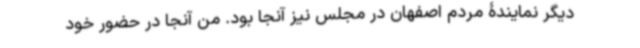
دیگر نمایندۀ مردم اصفهان در مجلس نیز آنجا بود. من آنجا در حضور خود